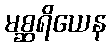
မစ္ဆရိယေန